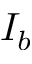
I _ { b }